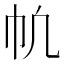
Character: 㠶